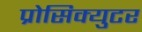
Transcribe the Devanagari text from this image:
प्रोसिक्युटर